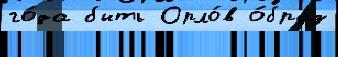
го́да быть Орло́в о́браз